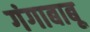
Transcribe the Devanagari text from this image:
गंगाबाबू